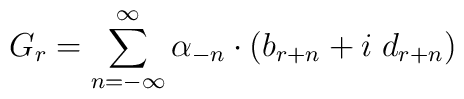
G_r=\sum_{n=-\infty}^{\infty} \alpha_{-n}\cdot(b_{r+n}+i\;d_{r+n})